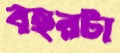
বছরটা